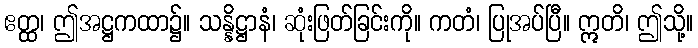
ဧတ္ထ၊ ဤအဋ္ဌကထာ၌။ သန္နိဋ္ဌာနံ၊ ဆုံးဖြတ်ခြင်းကို။ ကတံ၊ ပြုအပ်ပြီ။ ဣတိ၊ ဤသို့။